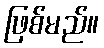
ဖြစ်မည်။